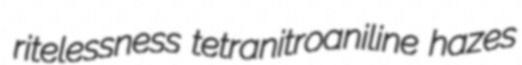
ritelessness tetranitroaniline hazes